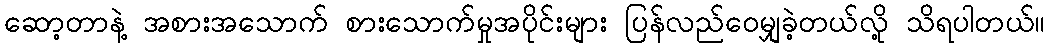
ဆော့တာနဲ့ အစားအသောက် စားသောက်မှုအပိုင်းများ ပြန်လည်ဝေမျှခဲ့တယ်လို့ သိရပါတယ်။